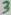
Text: 3